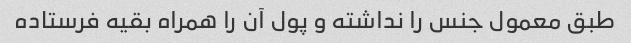
طبق معمول جنس را نداشته و پول آن را همراه بقیه فرستاده